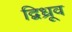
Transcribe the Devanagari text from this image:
द्विध्रूव